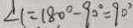
\angle 1 = 1 8 0 ^ { \circ } - 9 0 ^ { \circ } = 9 0 ^ { \circ }